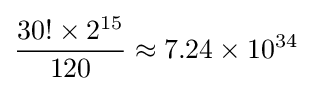
{\frac {30!\times 2^{15}}{120}}\approx 7.24\times 10^{34}